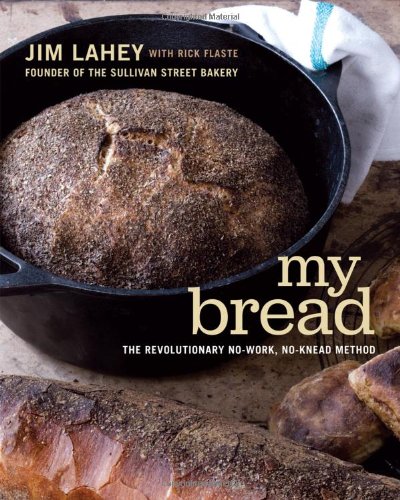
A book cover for My Bread: The Revolutionary No-Work, No-Knead Method; Jim Lahey; Cookbooks, Food & Wine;